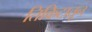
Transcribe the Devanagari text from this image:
तिकिटातून